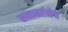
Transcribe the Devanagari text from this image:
सत्कर्मानेच